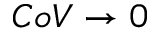
C o V \rightarrow 0